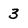
Character: 3